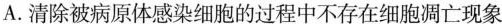
A.清除被病原体感染细胞的过程中不存在细胞凋亡现象